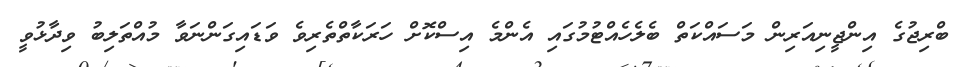
ބްރިޖުގެ އިންޖީނިއަރިން މަސައްކަތް ބެލެހެއްޓުމުގައި އެންމެ އިސްކޮށް ހަރަކާތްތެރިވެ ވަޑައިގަންނަވާ މުއްތަލިބު ވިދާޅުވީ